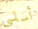
أساسي